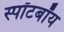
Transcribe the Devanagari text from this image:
स्पॉटबॉय